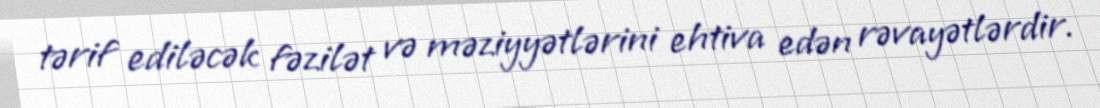
tərif ediləcək fəzilət və məziyyətlərini ehtiva edən rəvayətlərdir.